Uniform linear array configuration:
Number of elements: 24
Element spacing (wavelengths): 0.75
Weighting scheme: uniform
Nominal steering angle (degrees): -60
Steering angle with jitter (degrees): -59.251
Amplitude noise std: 0.05
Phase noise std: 0.05

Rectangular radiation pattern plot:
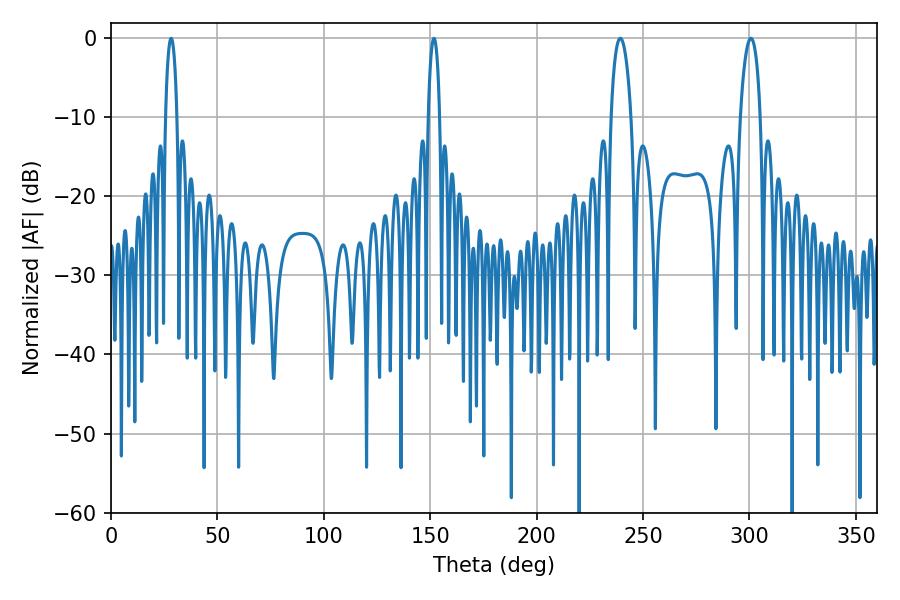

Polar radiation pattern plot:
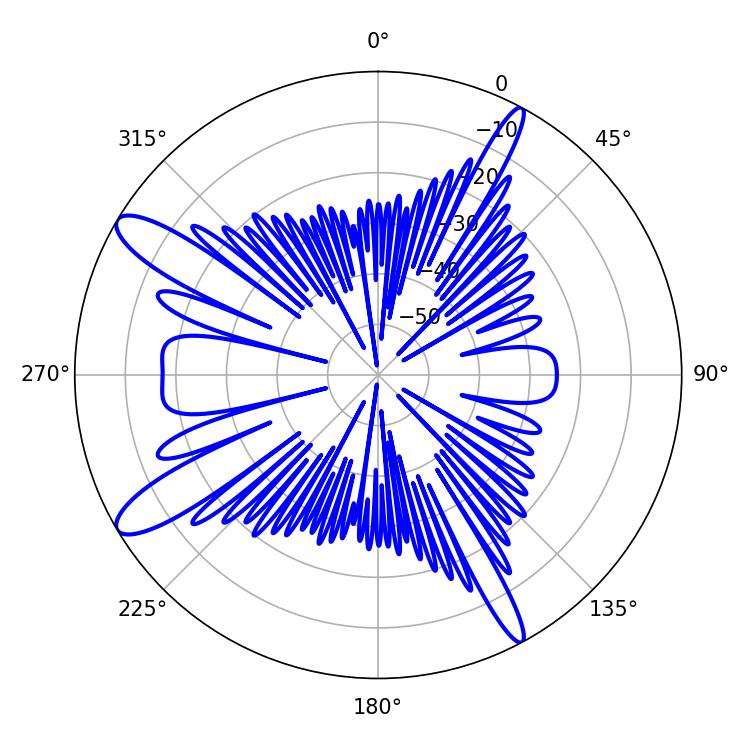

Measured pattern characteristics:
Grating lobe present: TRUE
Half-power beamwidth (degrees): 2.88
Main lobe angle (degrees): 28.26